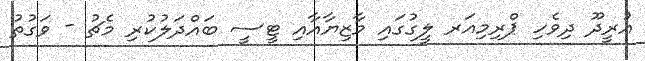
އުރީދޫ ދިވެހި ޕްރިމިއަރ ލީގުގައި މާޒިޔާއާއި ޓީސީ ބައްދަލުކުރި މެޗު - ވަގުތު